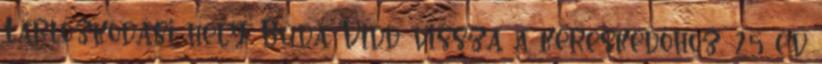
Tartózkodási hely: Buda Vidd vissza a kereskedőhöz, 25 év